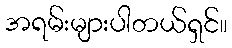
အရမ်းများပါတယ်ရှင်။